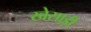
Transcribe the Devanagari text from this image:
खेसाड़ी